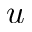
u